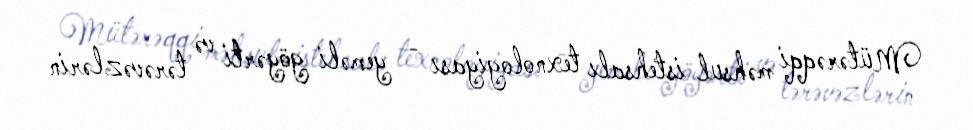
Mütərəqqi məhsul istehsalı texnologiyası - yeməli göyərti və tərəvəzlərin